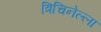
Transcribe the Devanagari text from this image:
त्रिचिनेल्ला